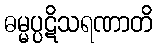
ဓမ္မပ္ပဋိသရဏာတိ